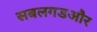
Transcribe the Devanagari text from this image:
सबलगडऔर